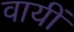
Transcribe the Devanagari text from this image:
वायीं